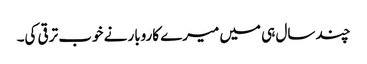
چند سال ہی میں میرے کاروبار نے خوب ترقی کی۔